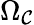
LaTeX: \Omega_{\mathcal{C}}